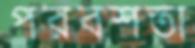
পরবশতা